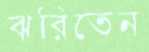
ঝরিতেন